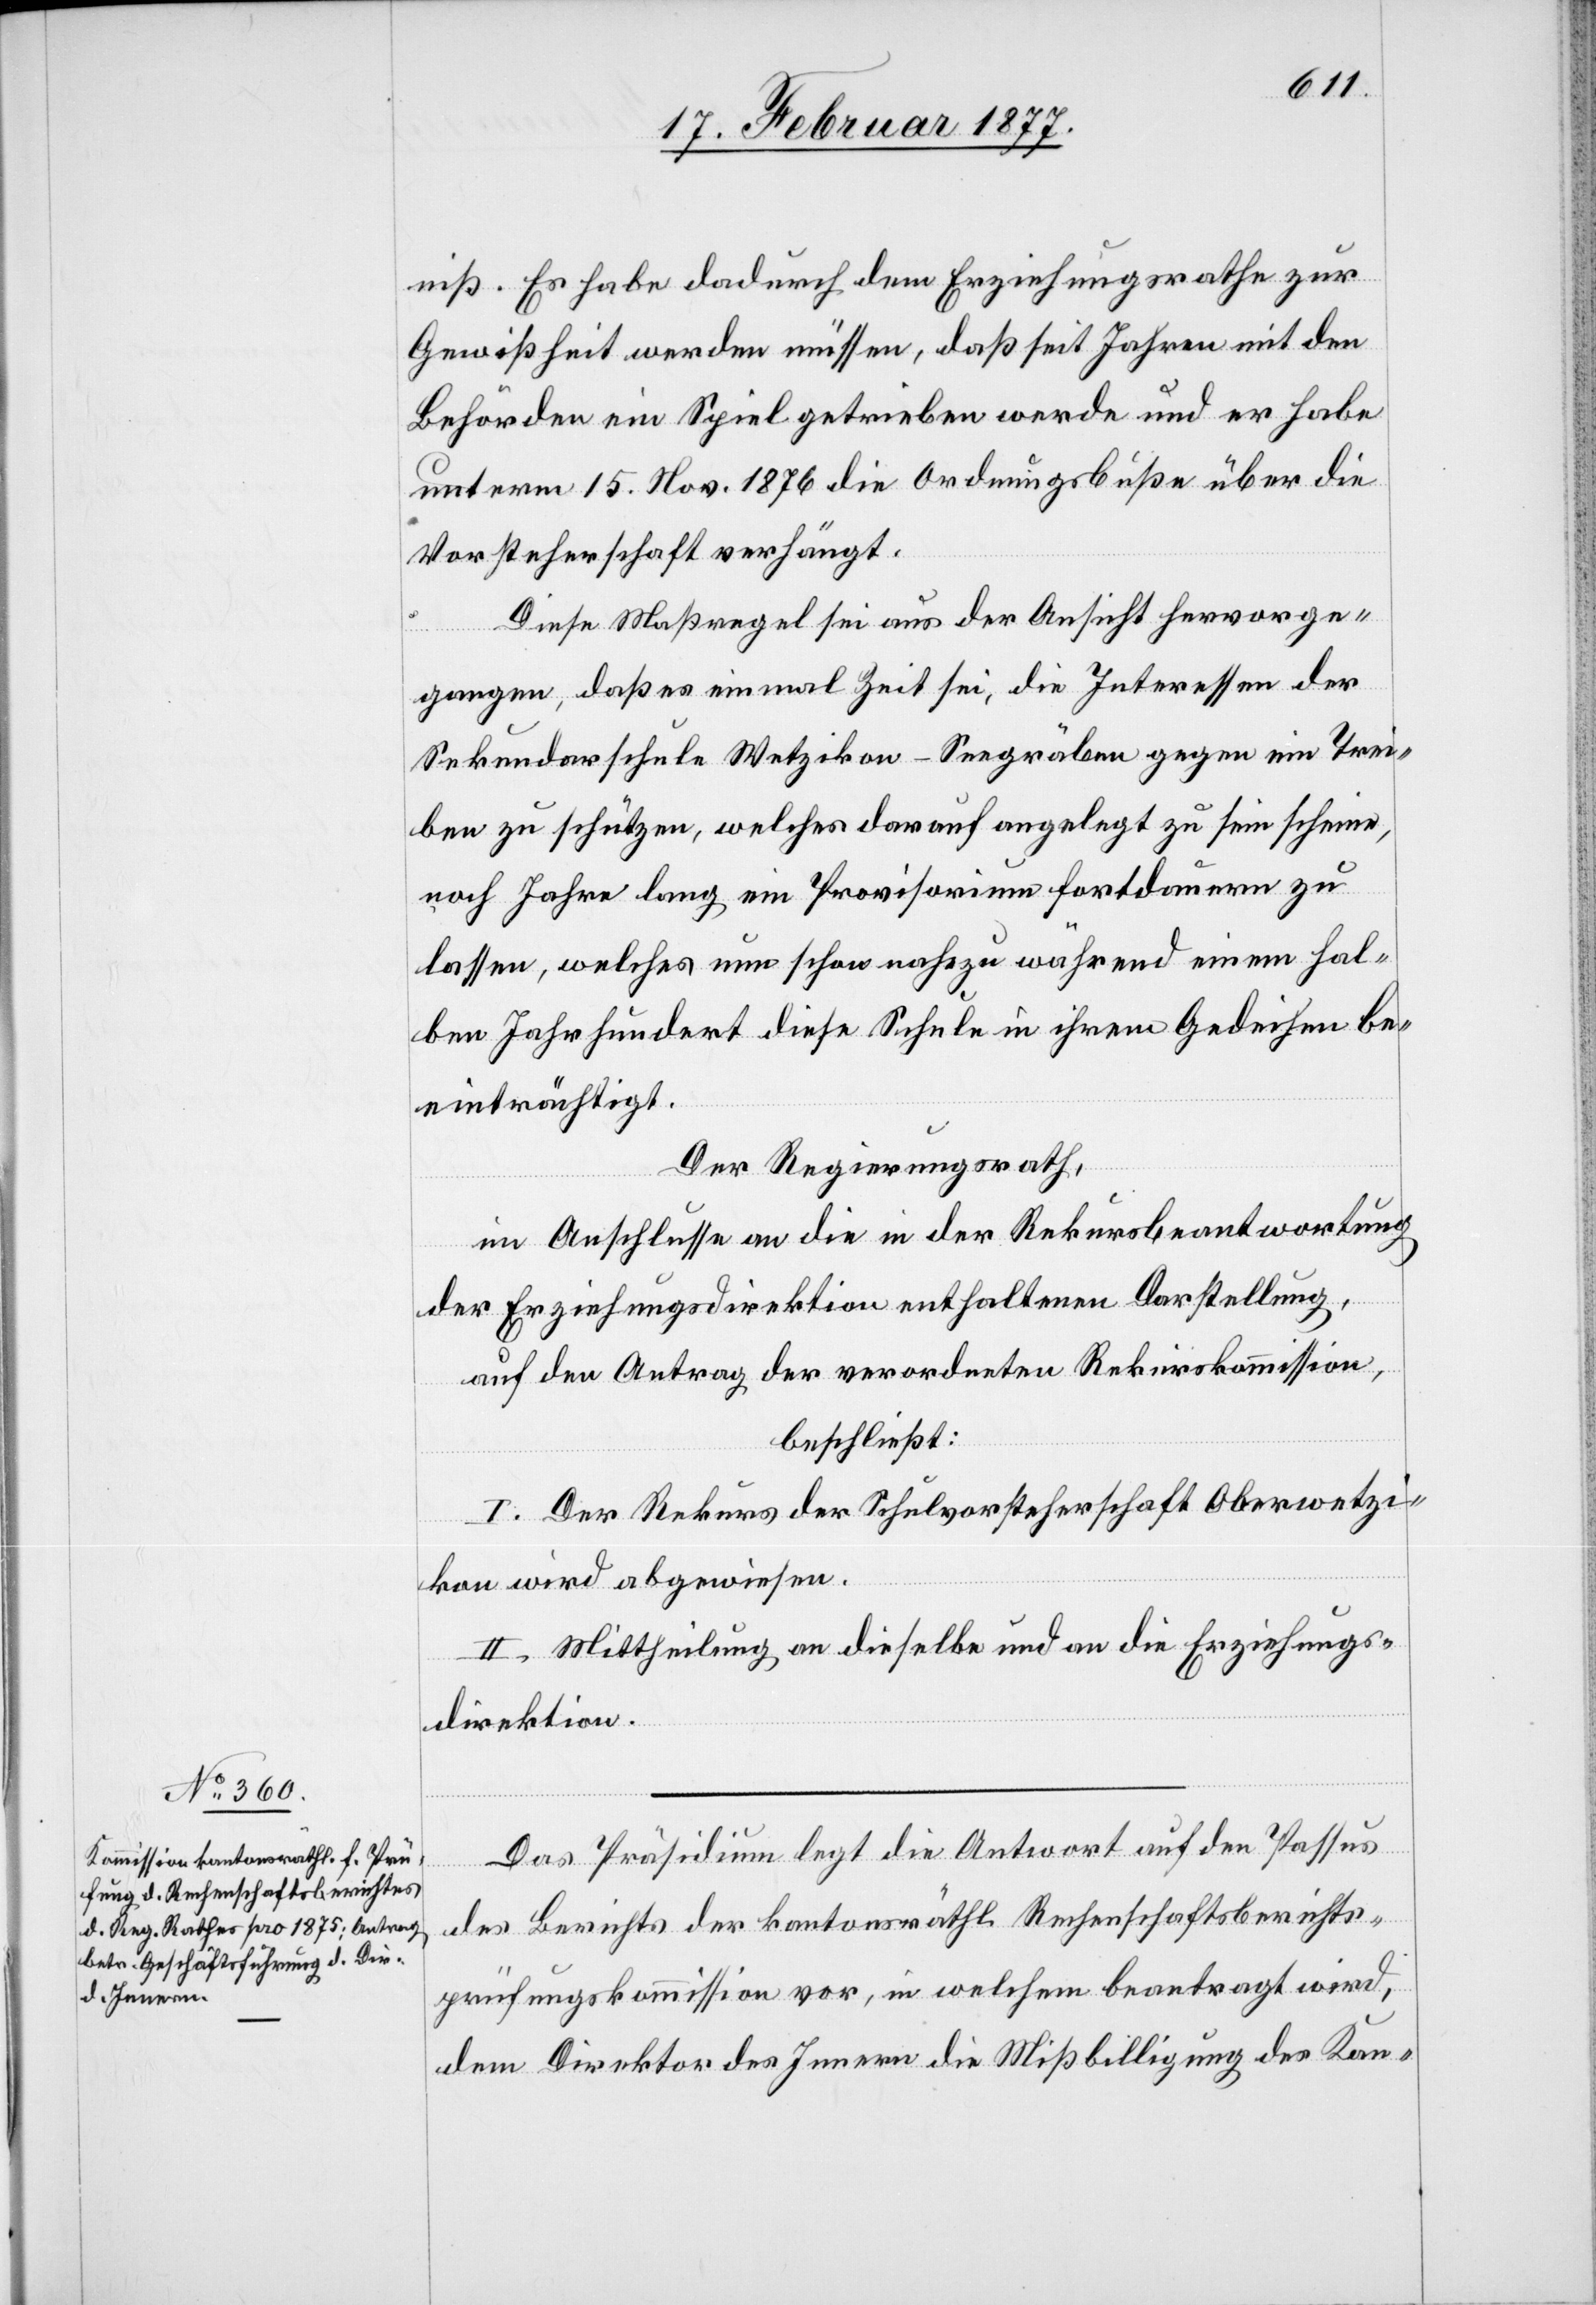
niß. Es habe dadurch dem Erziehungsrathe zur
Gewißheit werden müssen, daß seit Jahren mit den
Behörden ein Spiel getrieben werde und er habe
unterm 15. Nov. 1876 die Ordnungsbuße über die
Vorsteherschaft verhängt.
Diese Maßregel sei aus der Ansicht hervorge¬
gangen, daß es einmal Zeit sei, die Interessen der
Sekundarschule Wetzikon-Seegräben gegen ein Trei¬
ben zu schützen, welches darauf angelegt zu sein scheine,
noch Jahre lang ein Provisorium fortdauern zu
lassen, welches nun schon nahezu während einem hal¬
ben Jahrhundert diese Schule in ihrem Gedeihen be¬
einträchtigt.
Der Regierungsrath,
im Anschlusse an die in der Rekursbeantwortung
der Erziehungsdirektion enthaltene Darstellung,
auf den Antrag der verordneten Rekurskommission,
beschließt:
I. Der Rekurs der Schulvorsteherschaft Oberwetzi¬
kon wird abgewiesen.
II. Mittheilung an dieselbe und an die Erziehungs¬
direktion.
Das Präsidium legt die Antwort auf den Passus
des Berichtes der kantonsräthl. Rechenschaftsberichts¬
prüfungskommission vor, in welchem beantragt wird,
dem Direktor des Innern die Mißbilligung des Kan-